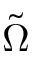
\tilde { \Omega }